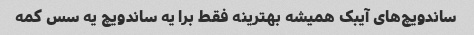
ساندویچ‌های آیبک همیشه بهترینه فقط برا یه ساندویچ یه سس کمه